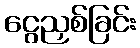
ငွေညှစ်ခြင်း